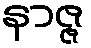
နာဇ္ဇ